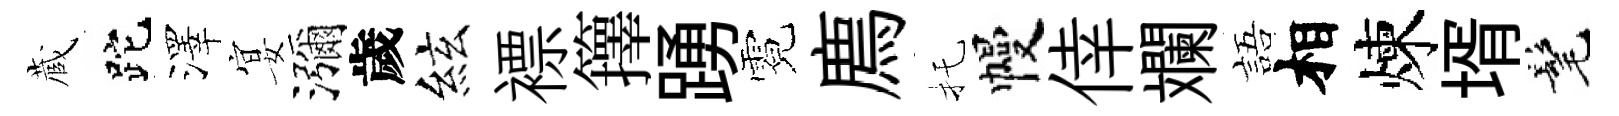
蔵跎澤宴瀰歲絃褾籜踴霓廌托幔倖斕語相煉壻髦